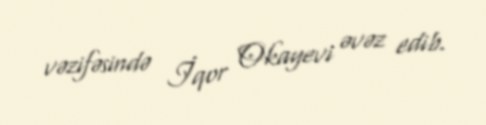
vəzifəsində İqor Okayevi əvəz edib.